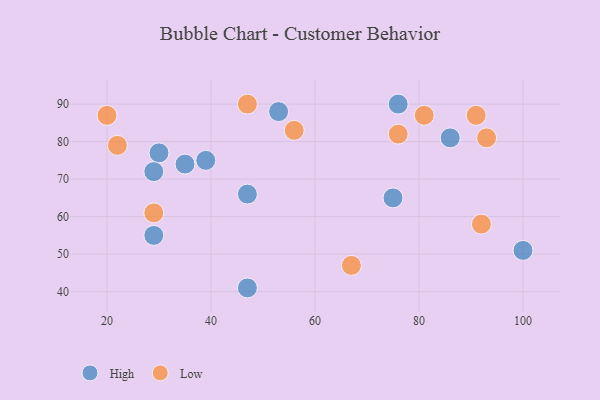
{"axis": {"x": "GDP", "y": "Life Expectancy"}, "legend": ["High", "Low"], "data": [{"x": "86", "y": 81, "type": "High"}, {"x": "47", "y": 66, "type": "High"}, {"x": "75", "y": 65, "type": "High"}, {"x": "53", "y": 88, "type": "High"}, {"x": "29", "y": 55, "type": "High"}, {"x": "30", "y": 77, "type": "High"}, {"x": "100", "y": 51, "type": "High"}, {"x": "39", "y": 75, "type": "High"}, {"x": "35", "y": 74, "type": "High"}, {"x": "47", "y": 41, "type": "High"}, {"x": "29", "y": 72, "type": "High"}, {"x": "76", "y": 90, "type": "High"}, {"x": "93", "y": 81, "type": "Low"}, {"x": "56", "y": 83, "type": "Low"}, {"x": "29", "y": 61, "type": "Low"}, {"x": "67", "y": 47, "type": "Low"}, {"x": "20", "y": 87, "type": "Low"}, {"x": "92", "y": 58, "type": "Low"}, {"x": "81", "y": 87, "type": "Low"}, {"x": "47", "y": 90, "type": "Low"}, {"x": "22", "y": 79, "type": "Low"}, {"x": "76", "y": 82, "type": "Low"}, {"x": "91", "y": 87, "type": "Low"}]}